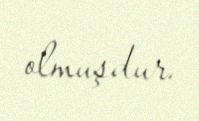
olmuşdur.